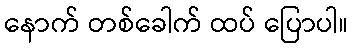
နောက် တစ်ခေါက် ထပ် ပြောပါ။